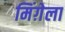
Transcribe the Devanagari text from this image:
मिंग़ेला